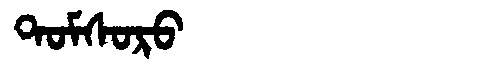
Manchu: ᡨᠣᠮᠰᠣᡵᠣ
Romanization: TOMSORO